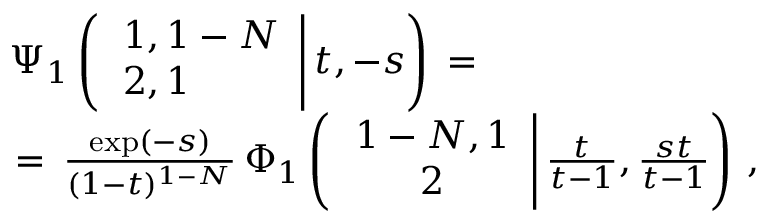
\begin{array} { l } { \displaystyle \Psi _ { 1 } \left( \left. \begin{array} { l } { 1 , 1 - N } \\ { 2 , 1 } \end{array} \right| t , - s \right) \, = \, } \\ { \, = \, \frac { \exp ( - s ) } { ( 1 - t ) ^ { 1 - N } } \, \Phi _ { 1 } \left( \left. \begin{array} { c } { 1 - N , 1 } \\ { 2 } \end{array} \right| \frac t { t - 1 } , \frac { s t } { t - 1 } \right) \, , \displaystyle } \end{array}